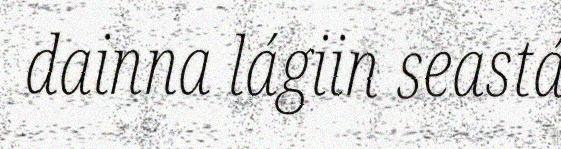
dainna lágiin seastá